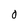
Character: 0